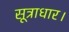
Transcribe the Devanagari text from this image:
सूत्राधार।